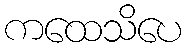
ကထေသိပေ